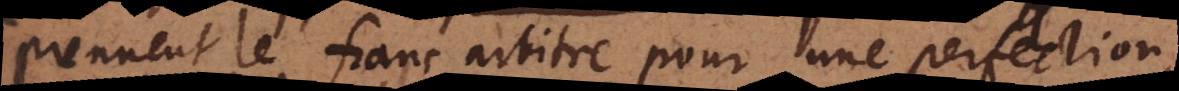
prennent le franc arbitre pour une per